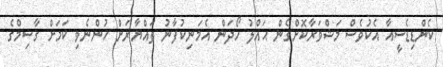
ކެންޑިޑެސީއާ އެކުވެސް މަޝްވަރާކޮށްގެން ޙައްލު ހޯދަން އެމަނިކުފާނު ތައްޔާރަށް ހުންނެވި ކަމަށް ގާސިމްގެ